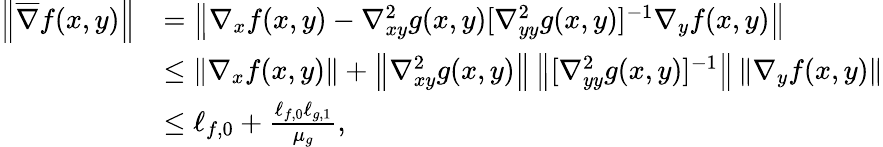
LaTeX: \begin{array}{rl}{\left\| \overline{{\nabla}}f(x,y)\right\| }&{=\left\| \nabla_{x}f(x,y)-\nabla_{xy}^{2}g(x,y)[\nabla_{yy}^{2}g(x,y)]^{-1}\nabla_{y}f(x,y)\right\| }\\ &{\leq\left\| \nabla_{x}f(x,y)\right\| +\left\| \nabla_{xy}^{2}g(x,y)\right\| \left\| [\nabla_{yy}^{2}g(x,y)]^{-1}\right\| \left\| \nabla_{y}f(x,y)\right\| }\\ &{\leq\ell_{f,0}+\frac{\ell_{f,0}\ell_{g,1}}{\mu_{g}},}\end{array}